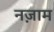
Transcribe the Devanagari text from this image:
नज़ाम